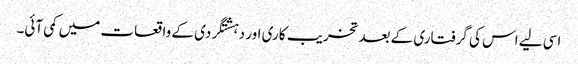
اسی لیے اس کی گرفتاری کے بعد تخریب کاری اور دہشتگردی کے واقعات میں کمی آئی۔